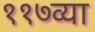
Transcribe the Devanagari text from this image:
११७व्या